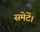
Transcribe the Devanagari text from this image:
समेटें।